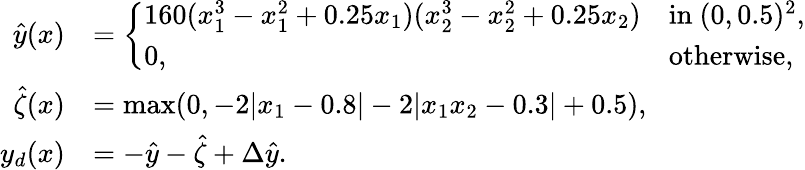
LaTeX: \begin{array}{rl}{\hat{y}(x)}&{=\left\{ \begin{array}{ll}{160(x_{1}^{3}-x_{1}^{2}+0.25x_{1})(x_{2}^{3}-x_{2}^{2}+0.25x_{2})}&{\mathrm{in~}(0,0.5)^{2},}\\ {0,}&{\mathrm{otherwise},}\end{array}\right.}\\ {\hat{\zeta}(x)}&{=\operatorname*{max}(0,-2|x_{1}-0.8|-2|x_{1}x_{2}-0.3|+0.5),}\\ {y_{d}(x)}&{=-\hat{y}-\hat{\zeta}+\Delta\hat{y}.}\end{array}